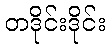
တဒိုင်းဒိုင်း